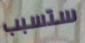
ستسبب